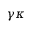
\gamma \kappa